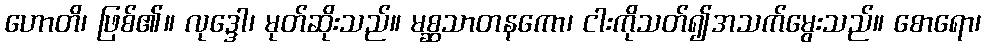
ဟောတိ၊ ဖြစ်၏။ လုဒ္ဒေါ၊ မုတ်ဆိုးသည်။ မစ္ဆသာတနကော၊ ငါးကိုသတ်၍အသက်မွေးသည်။ စောရော၊